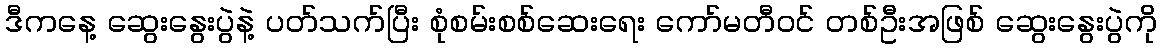
ဒီကနေ့ ဆွေးနွေးပွဲနဲ့ ပတ်သက်ပြီး စုံစမ်းစစ်ဆေးရေး ကော်မတီဝင် တစ်ဦးအဖြစ် ဆွေးနွေးပွဲကို